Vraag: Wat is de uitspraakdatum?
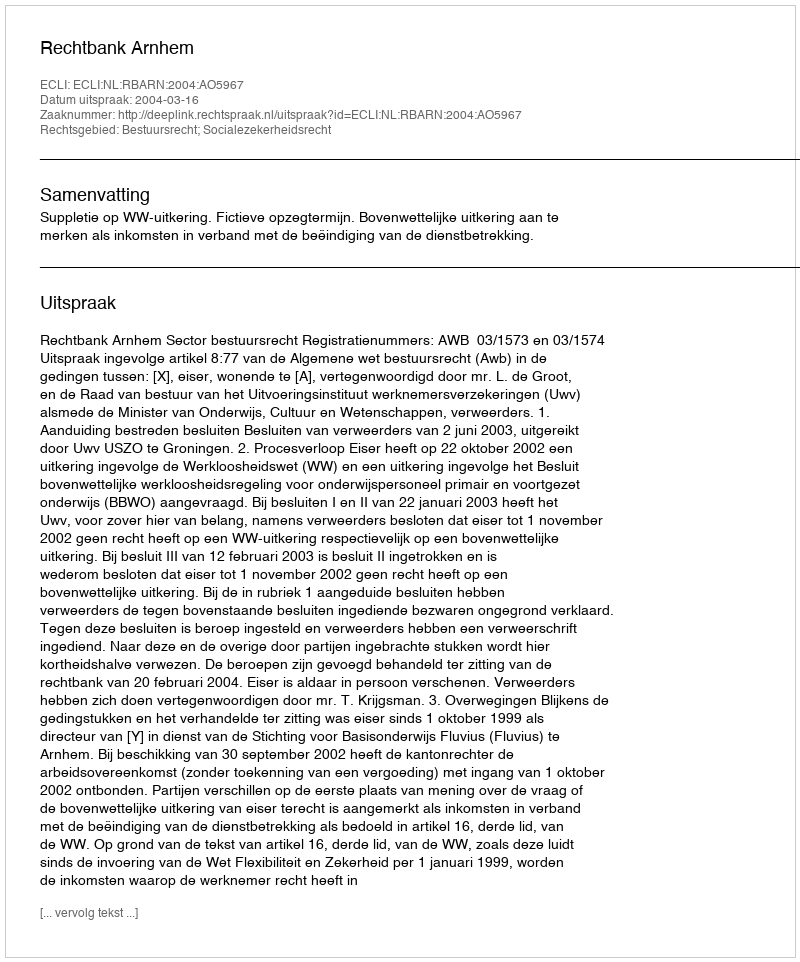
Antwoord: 2004-03-16